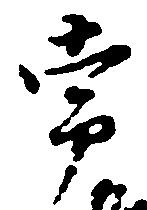
常